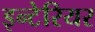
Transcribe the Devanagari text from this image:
इन्टेरियर